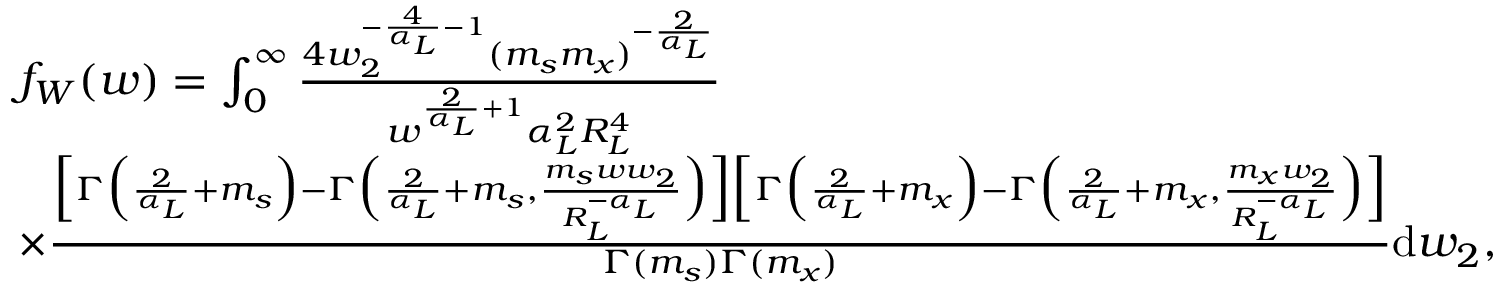
\begin{array} { r l } & { f _ { W } ( w ) = \int _ { 0 } ^ { \infty } \frac { 4 w _ { 2 } ^ { - \frac { 4 } { \alpha _ { L } } - 1 } ( m _ { s } m _ { x } ) ^ { - \frac { 2 } { \alpha _ { L } } } } { w ^ { \frac { 2 } { \alpha _ { L } } + 1 } \alpha _ { L } ^ { 2 } R _ { L } ^ { 4 } } } \\ & { \times \frac { \Big [ \Gamma \Big ( \frac { 2 } { \alpha _ { L } } + m _ { s } \Big ) - \Gamma \Big ( \frac { 2 } { \alpha _ { L } } + m _ { s } , \frac { m _ { s } w w _ { 2 } } { R _ { L } ^ { - \alpha _ { L } } } \Big ) \Big ] \Big [ \Gamma \Big ( \frac { 2 } { \alpha _ { L } } + m _ { x } \Big ) - \Gamma \Big ( \frac { 2 } { \alpha _ { L } } + m _ { x } , \frac { m _ { x } w _ { 2 } } { R _ { L } ^ { - \alpha _ { L } } } \Big ) \Big ] } { \Gamma ( m _ { s } ) \Gamma ( m _ { x } ) } \mathrm { d } w _ { 2 } , } \end{array}